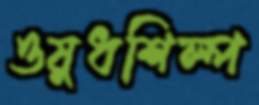
ওষুধশিল্প